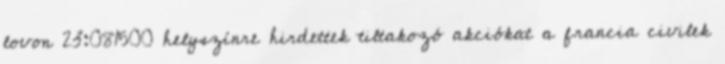
lovon 23:081500 helyszínre hirdettek tiltakozó akciókat a francia civilek